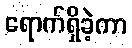
ရောက်ရှိခဲ့ကာ